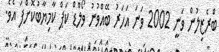
ބްރެޒިލުން ވަނީ 2002 ވަނަ އަހަރު ބޭއްވުނު ވޯލްޑް ކަޕް ކާމިޔާބުކޮށްފަ އެވެ.